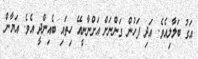
އަގު ބަލާލިއެވެ. އަދި ފަހުން ގަންނަށް އަށްނާނީއޭ ހިތައި ބެއިންދީ އެވެ. އަޔާން